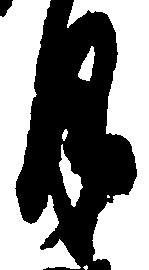
月